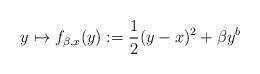
LaTeX: \begin{align*} y\mapsto f_{\beta,x}(y):=\frac12(y-x)^2+ \beta y^b\end{align*}